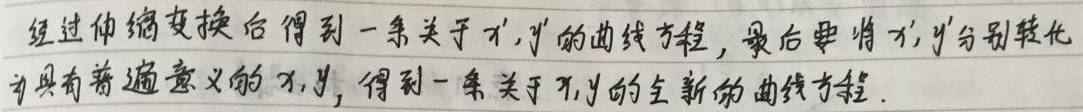
经过伸缩变换后得到一条关于\(x',y'\)的曲线方程，最后要将\(x',y'\)分别转化为具有普遍意义的\(x,y\)，得到一条关于\(x,y\)的全新的曲线方程。